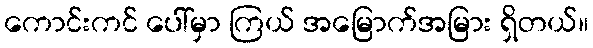
ကောင်းကင် ပေါ်မှာ ကြယ် အမြောက်အမြား ရှိတယ်။